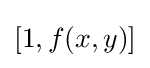
[1,f(x,y)]